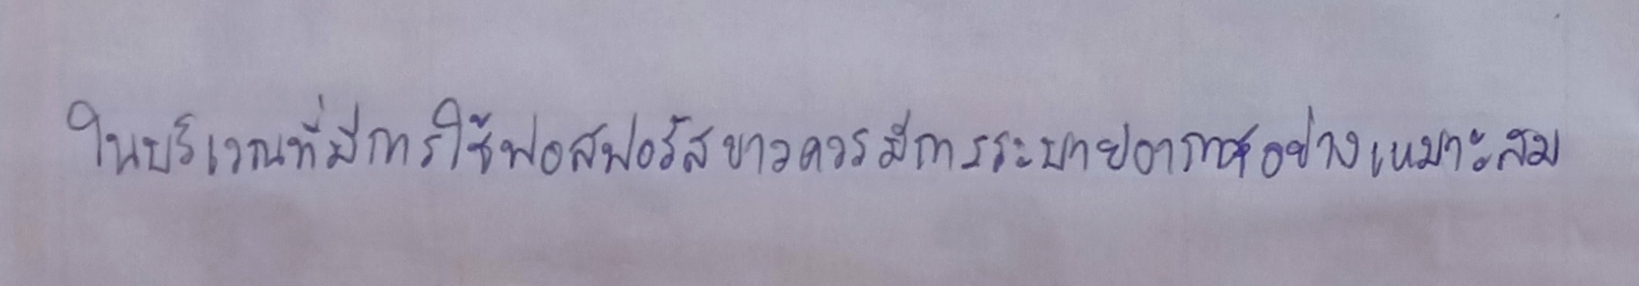
ในบริเวณที่มีการใช้ฟอสฟอรัสขาวควรมีการระบายอากาศอย่างเหมาะสม